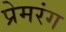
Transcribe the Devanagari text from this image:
प्रेमरंग